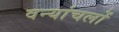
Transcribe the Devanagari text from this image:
वन्यांचलों